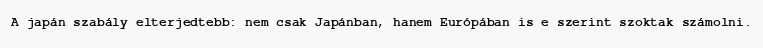
A japán szabály elterjedtebb: nem csak Japánban, hanem Európában is e szerint szoktak számolni.